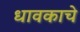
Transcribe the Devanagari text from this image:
धावकाचे